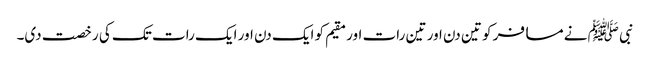
نبی ﷺ نے مسافر کو تین دن اور تین رات اور مقیم کو ایک دن اور ایک رات تک کی رخصت دی۔